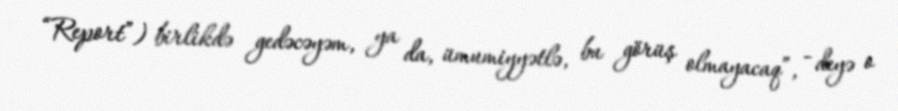
“Report”) birlikdə gedəcəyəm, ya da, ümumiyyətlə, bu görüş olmayacaq”, - deyə o